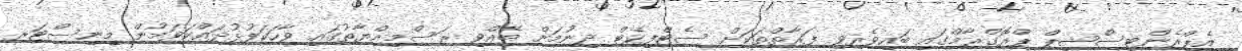
އެޕްރެންޓިސްޝިޕް ޕްރޮގްރާމްގައި ބައިވެރިވި ފަރާތްތަކަށް ސެޓްފިކެޓް ދިނުމަށް ބޭއްވި ރަސްމިއްޔާތުގައި ވާހަކަފުޅުދައްކަވަމުން މިނިސްޓަރ